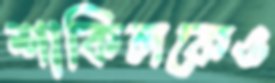
শাকিলকেও